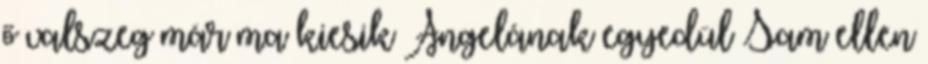
ő valszeg már ma kiesik Angelának egyedül Sam ellen